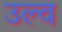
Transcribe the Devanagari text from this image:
उल्व